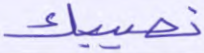
نصيبك